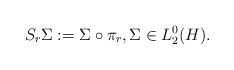
LaTeX: \begin{align*}S_r \Sigma := \Sigma \circ \pi_r, \Sigma \in L_2^0(H).\end{align*}